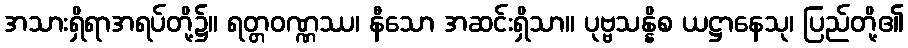
အသားရှိရာအရပ်တို့၌။ ရတ္တဝဏ္ဏဿ၊ နီသော အဆင်းရှိသာ။ ပုဗ္ဗသန္နိစ ယဋ္ဌာနေသု၊ ပြည်တို့၏